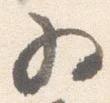
為